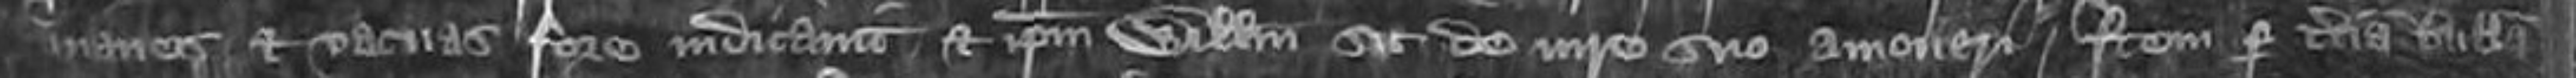
inanes et vacuas fore indicavit et ipsum Willelmum sit de iure suo amoveri Item per tertiam bullam